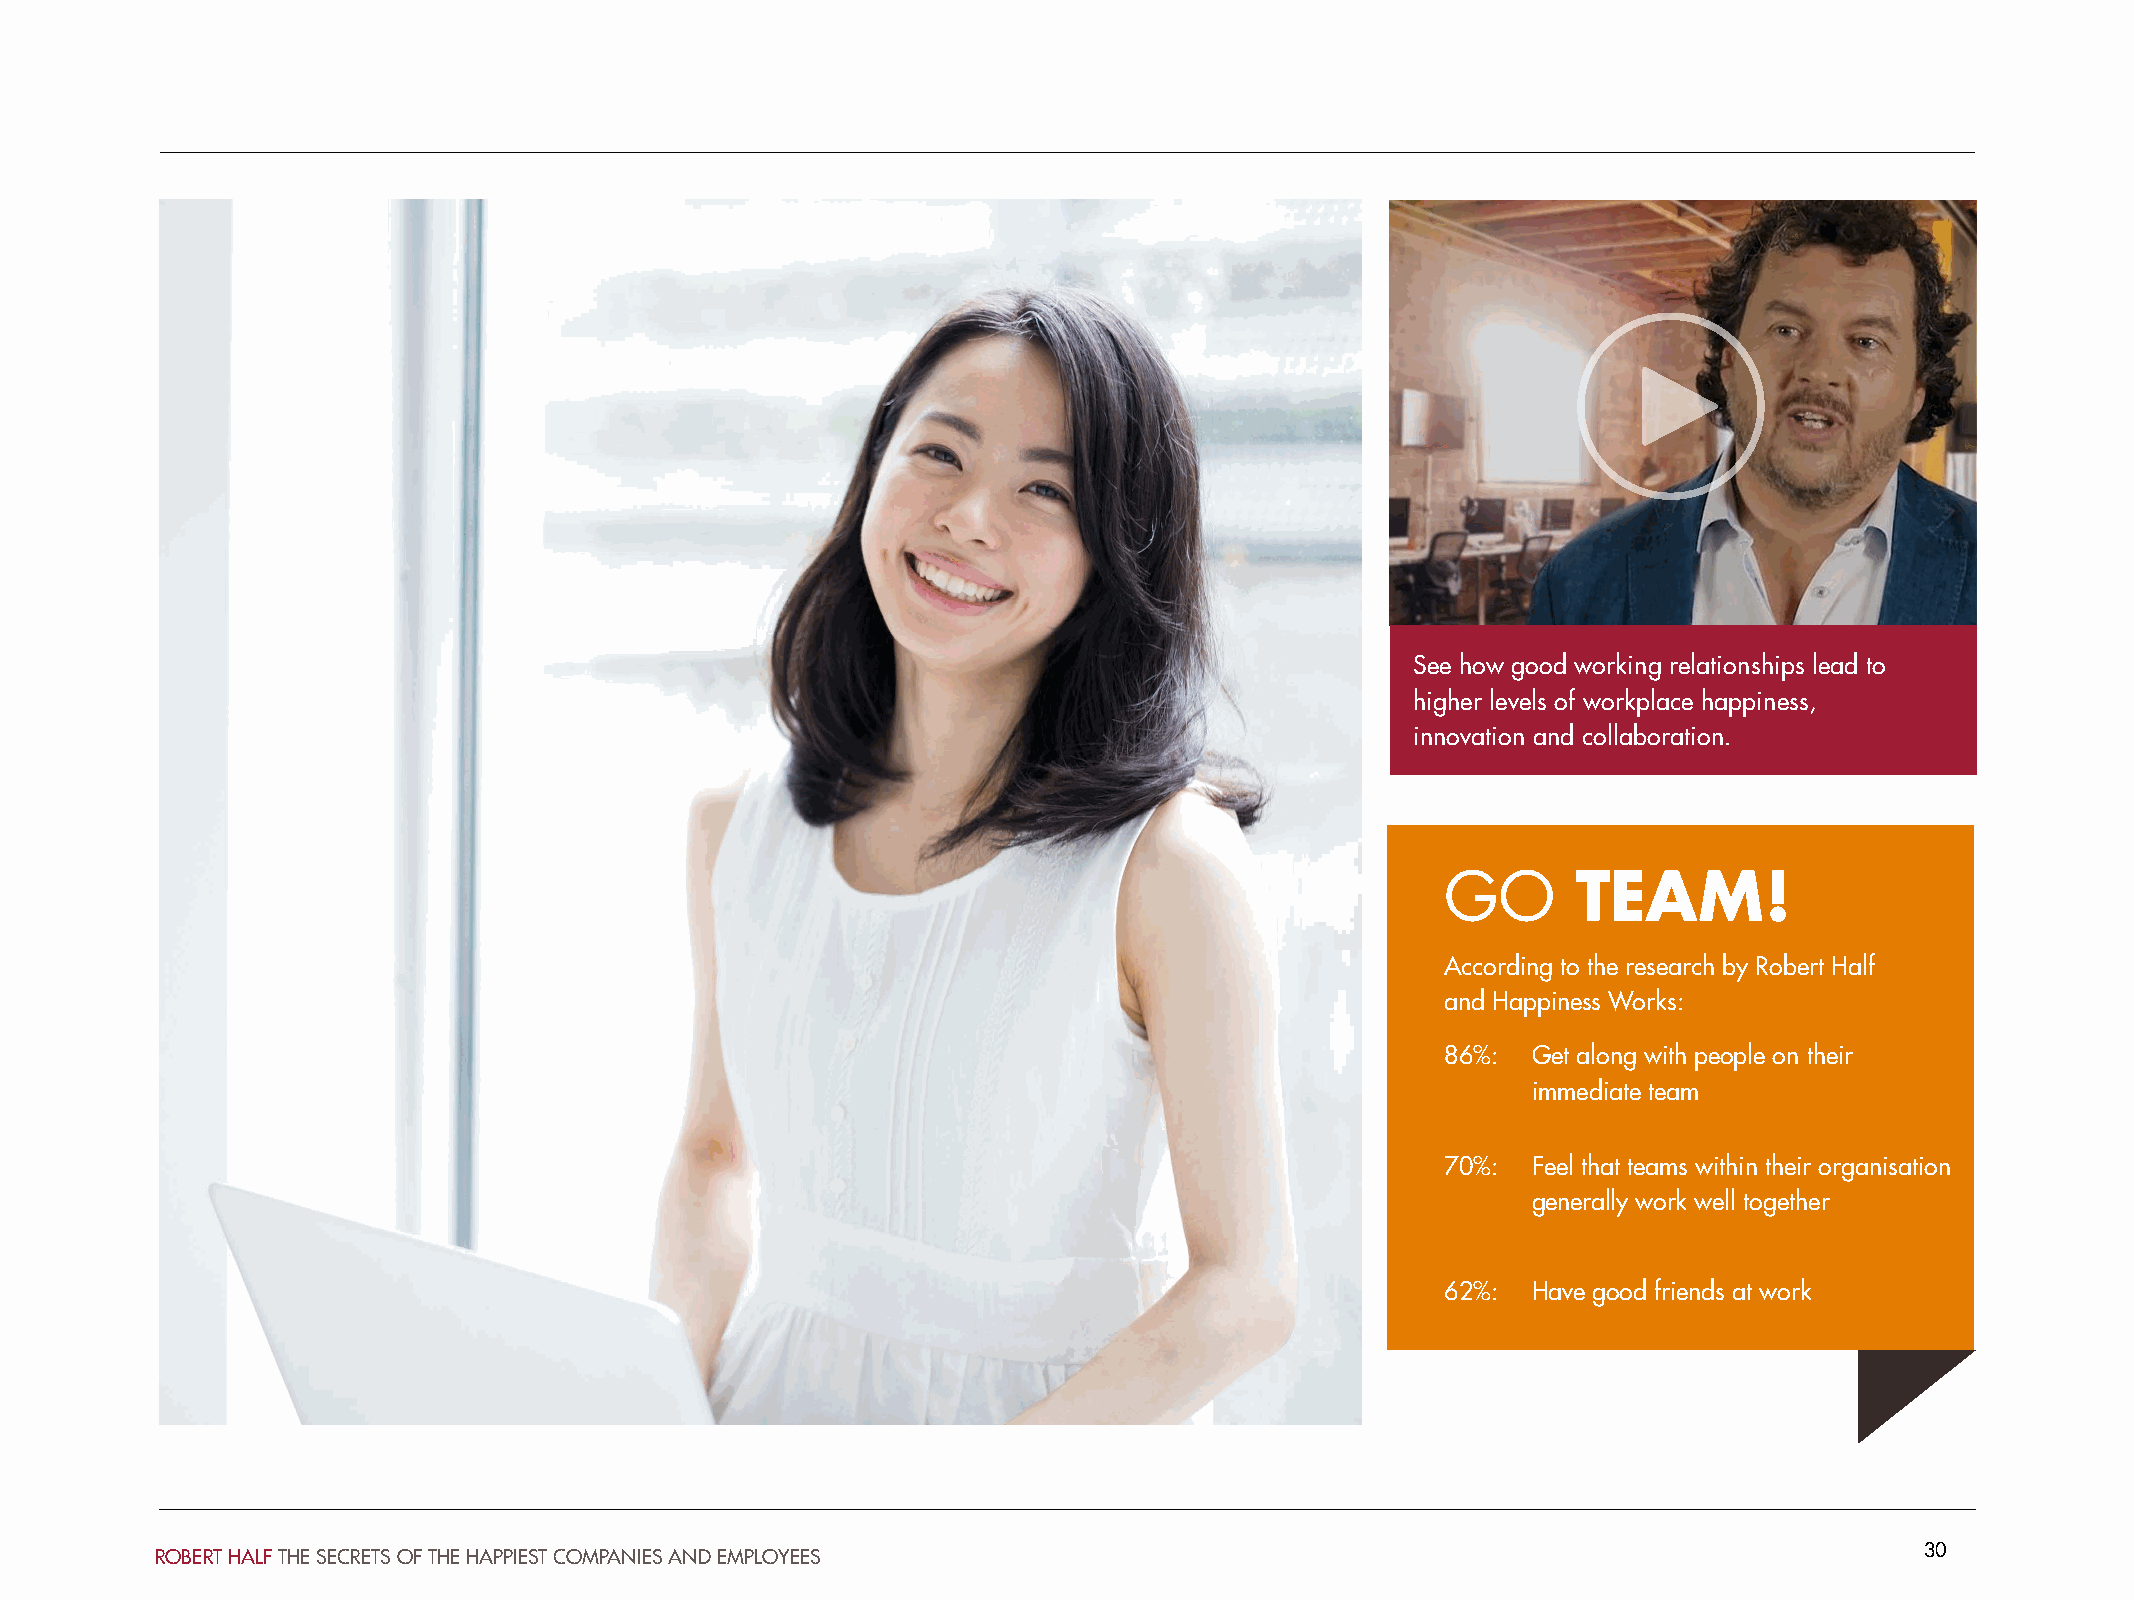
See how good working relationships lead to
 higher levels of workplace happiness,
 innovation and collaboration.
 GO      TEAM!
 According to the research by Robert Half
 and Happiness Works:
 86%: Get along with people on their
 immediate team
 70%: Feel that teams within their organisation
 generally work well together
 62%: Have good friends at work
 30
 ROBERT HALF THE SECRETS OF THE HAPPIEST COMPANIES AND EMPLOYEES